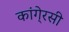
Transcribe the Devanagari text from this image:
कांगे्रसी